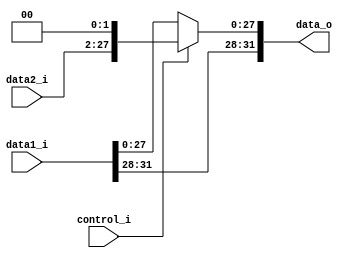
module MUX2
(
	data1_i,
	data2_i,
	control_i,
	data_o
);

input	[31:0]	data1_i;
input	[25:0]	data2_i;
input			control_i;
output	[31:0]	data_o;

reg 	[31:0]	input2;

assign data_o = (control_i == 0)? (data1_i):
				input2;

always @(*) begin
	input2[31:28] <= data1_i[31:28];
	input2[27:0]  <= data2_i<<2;
end
				
endmodule